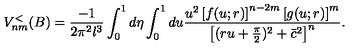
V _ { n m } ^ { < } ( B ) = \frac { - 1 } { 2 \pi ^ { 2 } l ^ { 3 } } \int _ { 0 } ^ { 1 } d \eta \int _ { 0 } ^ { 1 } d u \frac { u ^ { 2 } \left[ f ( u ; r ) \right] ^ { n - 2 m } \left[ g ( u ; r ) \right] ^ { m } } { \left[ ( r u + \frac { \pi } { 2 } ) ^ { 2 } + \bar { c } ^ { 2 } \right] ^ { n } } .